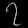
Digit: ၇